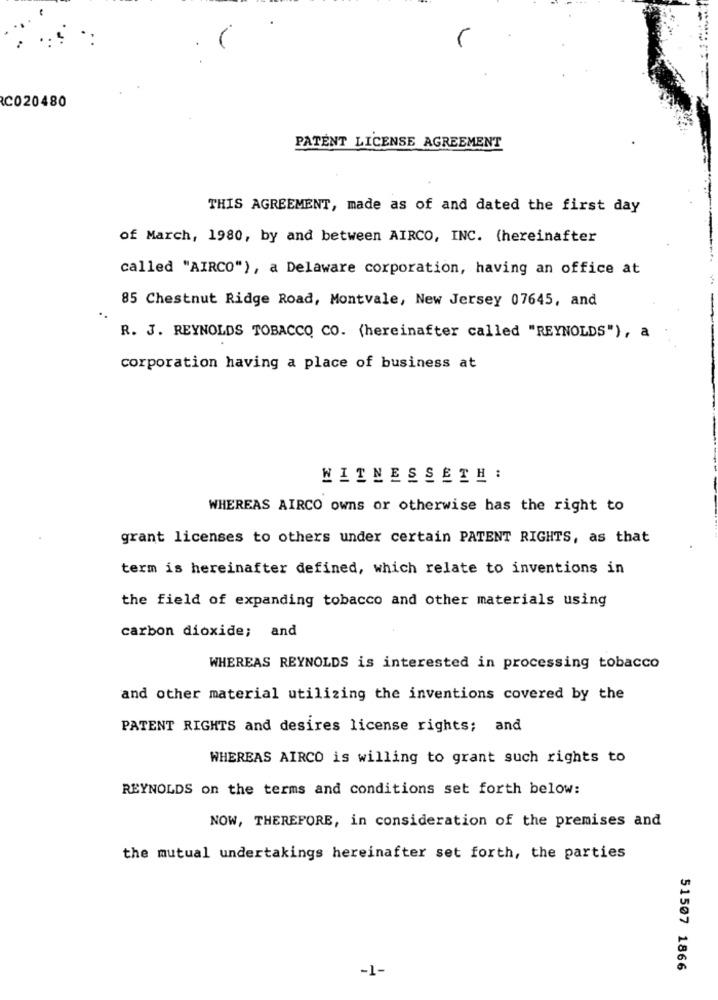
C020480
PATENT LICENSE AGREEMENT
THIS AGREEMENT, made as of and dated the first day
of March, 1980, by and between AIRCO, INC. (hereinafter
called "AIRCO"), a Delaware corporation, having an office at
85 Chestnut Ridge Road, Montvale, New Jersey 07645, and
R. J. REYNOLDS TOBACCO CO. (hereinafter called "REYNOLDS"), a
corporation having a place of business at
WITNESSETH:
WHEREAS AIRCO owns or otherwise has the right to
grant licenses to others under certain PATENT RIGHTS, as that
term is hereinafter defined, which relate to inventions in
the field of expanding tobacco and other materials using
carbon dioxide; and
WHEREAS REYNOLDS is interested in processing tobacco
and other material utilizing the inventions covered by the
PATENT RIGHTS and desires license rights; and
WHEREAS AIRCO is willing to grant such rights to
REYNOLDS on the terms and conditions set forth below:
NOW, THEREFORE, in consideration of the premises and
the mutual undertakings hereinafter set forth, the parties
-1-
51507 1866